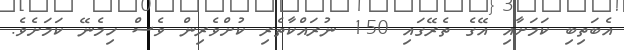
އެބަތިބި ކަމަށާއި އޭގެ ތެރޭގައި 150 ނުރައްކާތެރި ކުށްވެރިން ވެސް ހިމެނޭ ކަމަށެވެ.